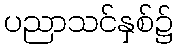
ပညာသင်နှစ်၌